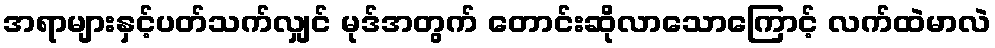
အရာများနှင့်ပတ်သက်လျှင် မုဒ်အတွက် တောင်းဆိုလာသောကြောင့် လက်ထဲမာလဲ